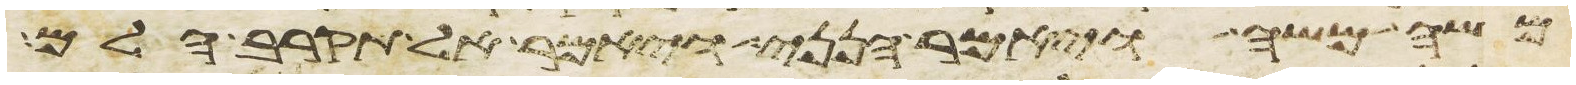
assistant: משה משה ויאמר הנני ויאמר אל תקרב הלם